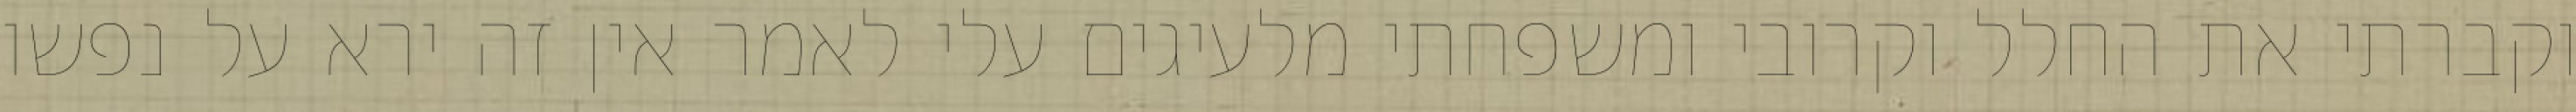
וקברתי את החלל וקרובי ומשפחתי מלעיגים עלי לאמר אין זה ירא על נפשו